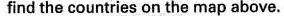
find the countries on the map above.